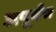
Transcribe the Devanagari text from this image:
अपूर्वच